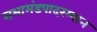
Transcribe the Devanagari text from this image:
सभामंडपादरम्यान